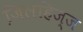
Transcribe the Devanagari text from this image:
जि़लहिज्ज